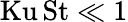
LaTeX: \mathrm{Ku}\, \mathrm{St}\ll 1